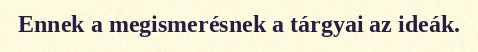
Ennek a megismerésnek a tárgyai az ideák.